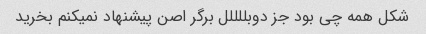
شکل همه چی بود جز دوبللللل برگر اصن پیشنهاد نمیکنم بخرید